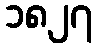
၁၈၂၇